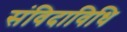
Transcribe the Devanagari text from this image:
संविदाविधि